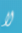
لا